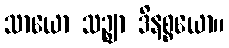
သာယော သဉ္ဈာ ဒိနစ္စယော။